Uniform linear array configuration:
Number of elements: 48
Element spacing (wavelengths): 0.75
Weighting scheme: uniform
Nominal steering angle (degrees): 30
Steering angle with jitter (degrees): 31.532
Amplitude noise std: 0.05
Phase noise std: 0.05

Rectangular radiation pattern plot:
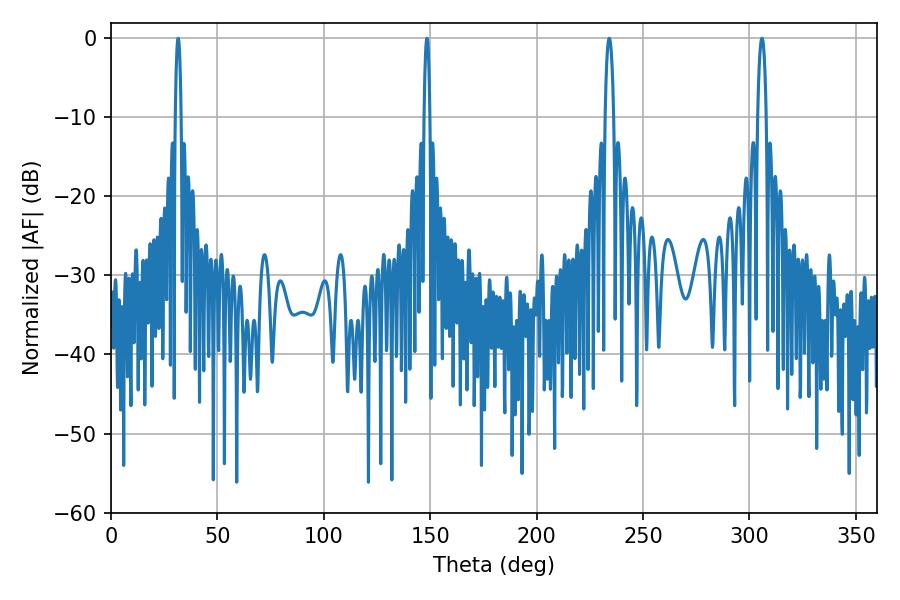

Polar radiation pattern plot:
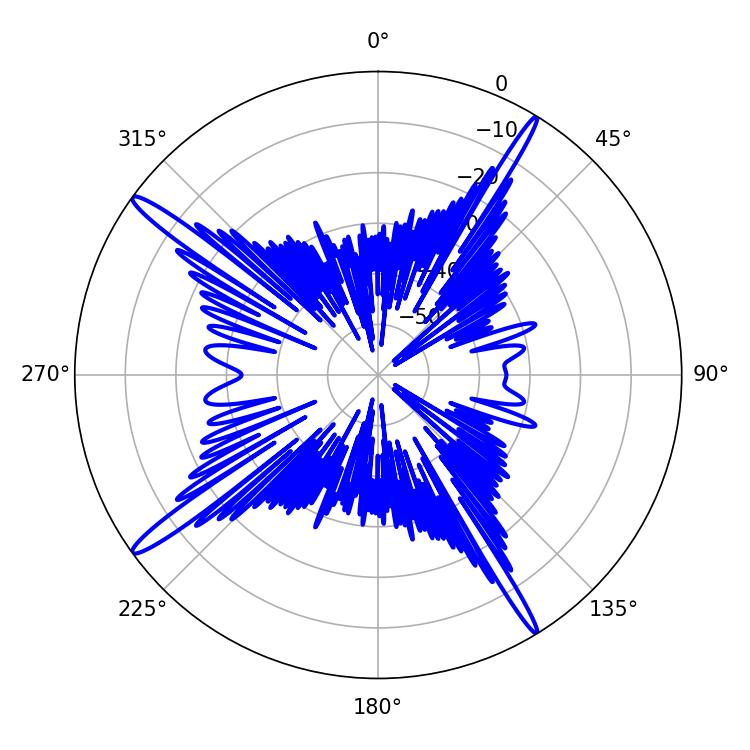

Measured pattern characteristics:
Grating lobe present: TRUE
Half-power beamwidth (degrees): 1.44
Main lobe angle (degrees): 31.5